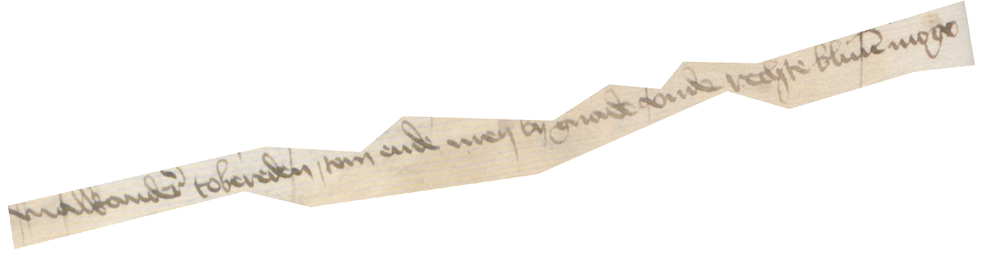
malkander tobereden, tom ende men by gnade vnde rechte bliuen moge